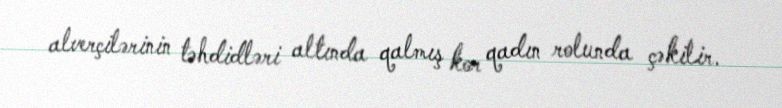
alverçilərinin təhdidləri altında qalmış kor qadın rolunda çəkilir.